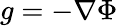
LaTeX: g=-\nabla\Phi